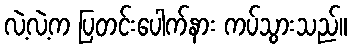
လဲ့လဲ့က ပြတင်းပေါက်နား ကပ်သွားသည်။